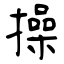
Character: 操